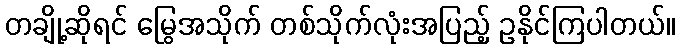
တချို့ဆိုရင် မြွေအသိုက် တစ်သိုက်လုံးအပြည့် ဥနိုင်ကြပါတယ်။